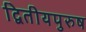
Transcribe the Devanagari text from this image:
द्वितीयपुरुष